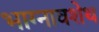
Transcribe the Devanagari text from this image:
भाग्नावशेथ